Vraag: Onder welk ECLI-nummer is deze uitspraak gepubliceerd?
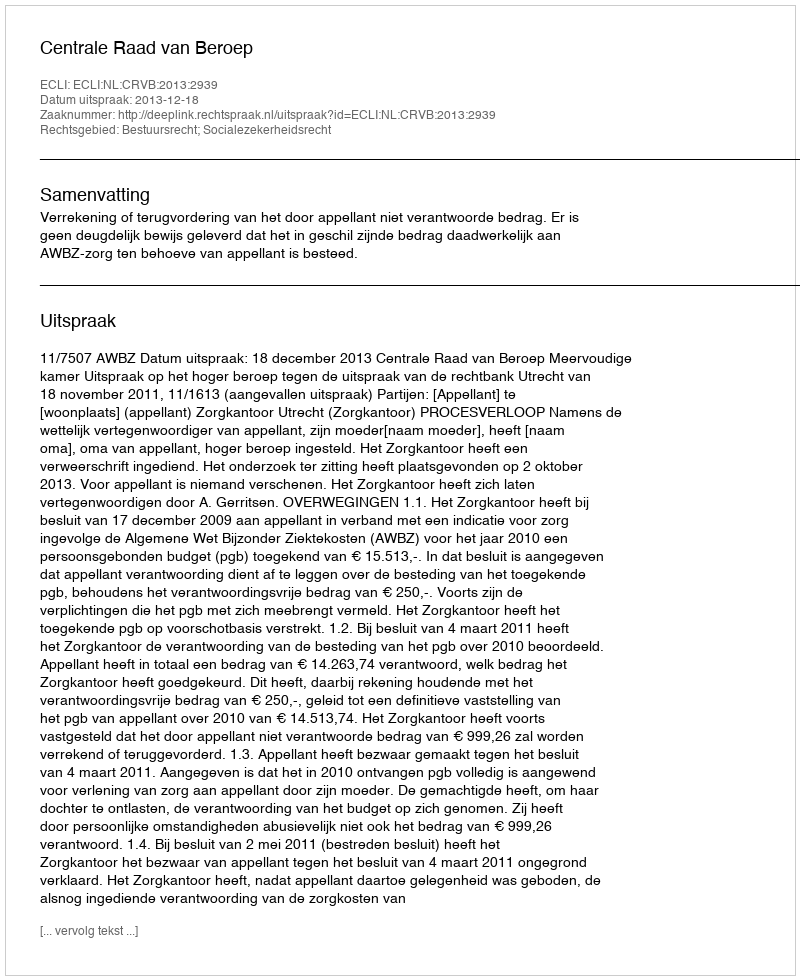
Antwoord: ECLI:NL:CRVB:2013:2939